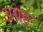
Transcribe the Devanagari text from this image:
अग्रेह